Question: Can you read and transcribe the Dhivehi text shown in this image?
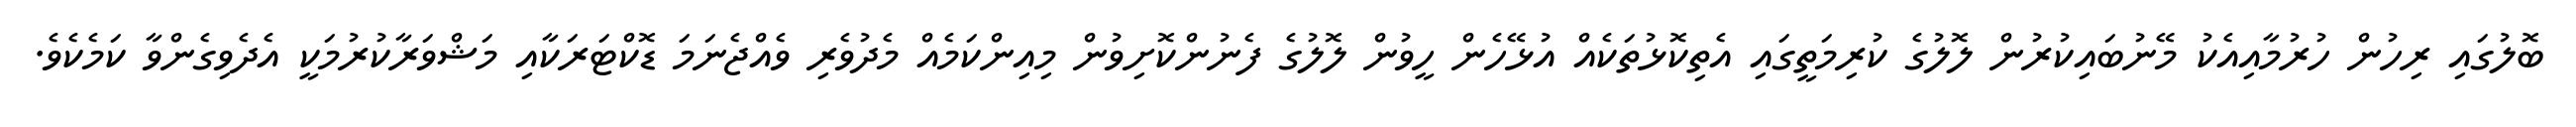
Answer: ބޮލުގައި ރިހުން ހުރުމާއިއެކު މޭނުބައިކުރުން ލޮލުގެ ކުރިމަތީގައި އެތިކޮޅުތަކެއް އުޅޭހެން ހީވުން ލޮލުގެ ފެނުންކޮށިވުން މިއިންކަމެއް މެދުވެރި ވެއްޖެނަމަ ޑޮކްޓަރަކާއި މަޝްވަރާކުރުމަކީ އެދެވިގެންވާ ކަމެކެވެ.